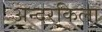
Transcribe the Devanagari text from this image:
अन्दरकिला